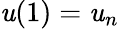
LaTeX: \mathit{u}(1)=\mathit{u}_{n}